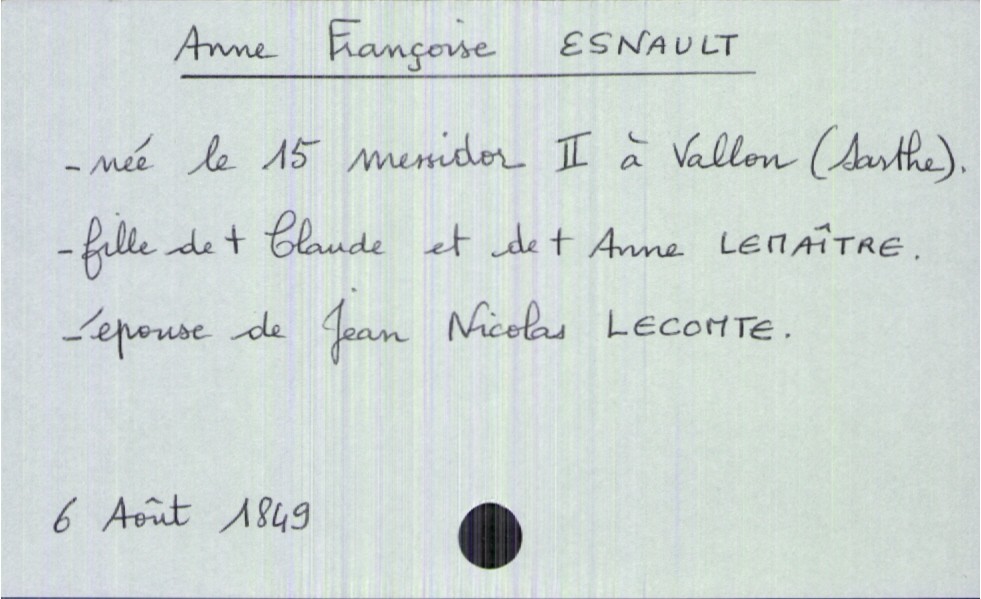
type_acte: Décès
année: 1849
mois: août
jour: 6
défunt_nom: Esnault
défunt_prénom: Anne Françoise
défunt_sexe: F
défunt_date_de_naissance: 15 messidor II
défunt_lieu_de_naissance: Vallon (Sarthe)
défunt_statut: marié(e)
père_défunt_nom: Esnault
père_défunt_prénom: Claude
père_défunt_statut: décédé
mère_défunt_nom: Lemaître
mère_défunt_prénom: Anne
mère_défunt_statut: décédée